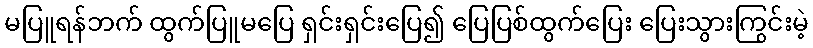
မပြူရန်ဘက် ထွက်ပြူမပြေ ရှင်းရှင်းပြေ၍ ပြေပြစ်ထွက်ပြေး ပြေးသွားကြွင်းမဲ့